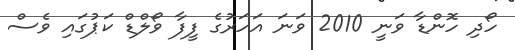
ހޯދި ހޮންޑާ ވަނީ 2010 ވަނަ އަހަރުގެ ފީފާ ވޯލްޑް ކަޕުގައި ވެސް